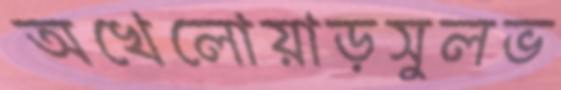
অখেলোয়াড়সুলভ